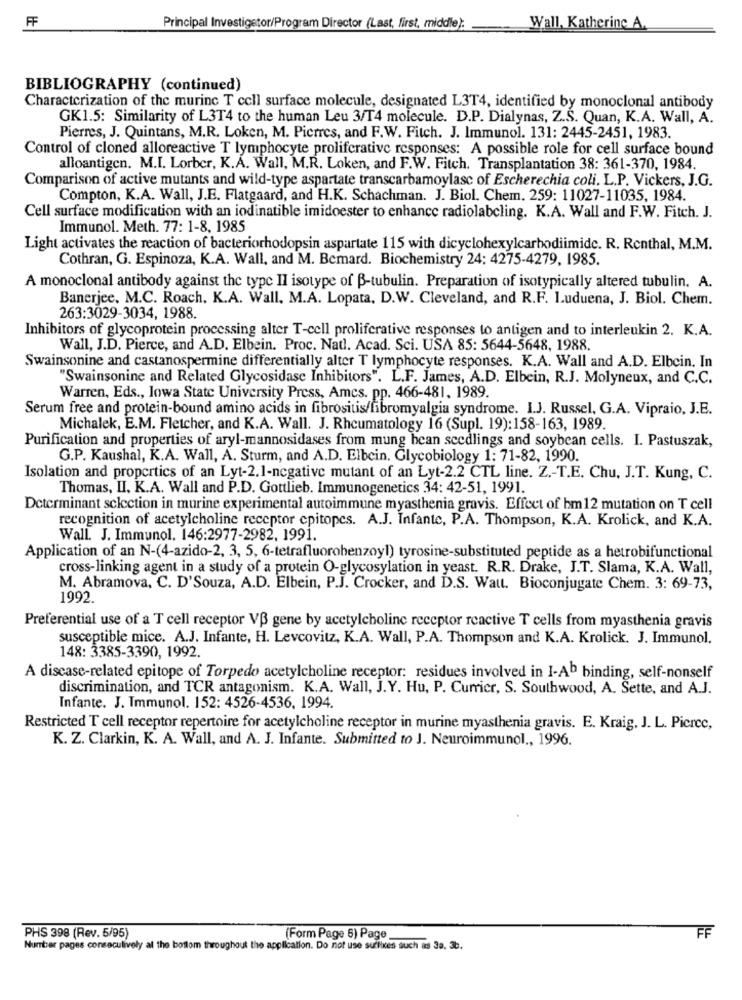
FF
Principal Investigator/Program Director (Last, first, middle):
Wall, Katherine A.
BIBLIOGRAPHY (continued)
Characterization of the murine T cell surface molecule, designated L3T4, identified by monoclonal antibody
GK1.5: Similarity of L3T4 to the human Leu 3/T4 molecule. D.P. Dialynas, Z.S. Quan, K.A. Wall, A.
Pierres, J. Quintans, M.R. Loken, M. Pierres, and F.W. Fitch. J. Immunol. 131: 2445-2451, 1983.
Control of cloned alloreactive T lymphocyte proliferative responses: A possible role for cell surface bound
alloantigen. M.I. Lorber, K.A. Wall, M.R. Loken, and F.W. Fitch. Transplantation 38: 361-370, 1984.
Comparison of active mutants and wild-type aspartate transcarbamoylasc of Escherechia coli. L.P. Vickers, J.G.
Compton, K.A. Wall, J.E. Flatgaard, and H.K. Schachman. J. Biol. Chem. 259: 11027-11035, 1984.
Cell surface modification with an iodinatible imidoester to enhance radiolabcling. K.A. Wall and F.W. Fitch. J.
Immunol. Meth. 77: 1-8, 1985
Light activates the reaction of bacteriorhodopsin aspartate 115 with dicyclohexylcarbodiimide. R. Renthal, M.M.
Cothran, G. Espinoza, K.A. Wall, and M. Bemard. Biochemistry 24: 4275-4279, 1985.
A monoclonal antibody against the type Il isotype of B-tubulin. Preparation of isotypically altered tubulin. A.
Banerjee. M.C. Roach. K.A. Wall, M.A. Lopata, D.W. Cleveland, and R.F. Luduena, J. Biol. Chem.
263:3029-3034, 1988.
Inhibitors of glycoprotein processing alter T-cell proliferative responses to antigen and to interleukin 2. K.A.
Wall, J.D. Pierce, and A.D. Elbein. Proc. Natl. Acad. Sci. USA 85: 5644-5648, 1988.
Swainsonine and castanospermine differentially alter T lymphocyte responses. K.A. Wall and A.D. Elbein. In
"Swainsonine and Related Glycosidase Inhibitors". L.F. James, A.D. Elbein, R.J. Molyneux, and C.C.
Warren, Eds ., lowa State University Press, Amcs. pp. 466-481, 1989.
Serum free and protein-bound amino acids in fibrositis/fibromyalgia syndrome. I.J. Russel, G.A. Vipraio, J.E.
Michalek, E.M. Fletcher, and K.A. Wall. J. Rheumatology 16 (Supl. 19):158-163, 1989.
Purification and properties of aryl-mannosidases from mung bean seedlings and soybean cells. I. Pastuszak,
G.P. Kaushal, K.A. Wall, A. Sturm, and A.D. Elbein. Glycobiology 1: 71-82, 1990.
Isolation and propertics of an Lyt-2.1-negative mutant of an Lyt-2.2 CTL line. Z .- T.E. Chu, J.T. Kung, C.
Thomas, II. K.A. Wall and P.D. Gottlieb. Immunogenetics 34: 42-51, 1991.
Determinant selection in murine experimental autoimmune myasthenia gravis. Effect of bm12 mutation on T cell
recognition of acetylcholine receptor epitopes. A.J. Infante, P.A. Thompson, K.A. Krolick, and K.A.
Wall. J. Immunol. 146:2977-2982, 1991.
Application of an N-(4-azido-2, 3, 5, 6-tetrafluorobenzoyl) tyrosine-substituted peptide as a hetrobifunctional
cross-linking agent in a study of a protein O-glycosylation in yeast. R.R. Drake, J.T. Slama, K.A. Wall,
M. Abramova, C. D'Souza, A.D. Elbein, P.J. Crocker, and D.S. Watt. Bioconjugate Chem. 3: 69-73,
1992.
Preferential use of a T cell receptor VB gene by acetylcholine receptor reactive T cells from myasthenia gravis
susceptible mice. A.J. Infante, H. Levcovitz, K.A. Wall, P.A. Thompson and K.A. Krolick. J. Immunol.
148: 3385-3390, 1992.
A disease-related epitope of Torpedo acetylcholine receptor: residues involved in I-Ab binding, self-nonself
discrimination, and TCR antagonism. K.A. Wall, J.Y. Hu, P. Curricr, S. Southwood, A. Sette, and A.J.
Infante. J. Immunol. 152: 4526-4536. 1994.
Restricted T cell receptor repertoire for acetylcholine receptor in murine myasthenia gravis. E. Kraig, J. L. Pierce,
K. Z. Clarkin, K. A. Wall, and A. J. Infante. Submitted to J. Neuroimmunol ., 1996.
PHS 398 (Rev. 5/95)
(Form Page 6) Page
FF
Number pages conseculively al the boflom throughout the application. Do not use suflixes such as 3a, 3b.